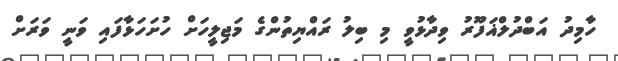
ހާމިދު އަބްދުލްޣަފޫރު ވިދާޅުވީ މި ބިލު ރައްޔިތުންގެ މަޖިލީހަށް ހުށަހަޅާފައި ވަނީ ވަރަށް